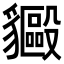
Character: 𬥍